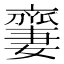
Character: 𠆜